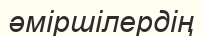
әміршілердің